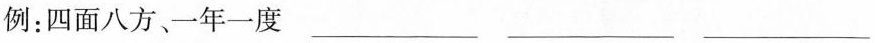
例：四面八方、一年一度_________ _________ _________